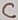
Text: C